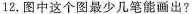
12.图中这个图最少几笔能画出?